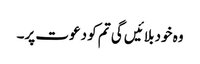
وہ خود بلائیں گی تم کو دعوت پر۔